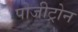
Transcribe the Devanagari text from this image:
पोजीट्रोन